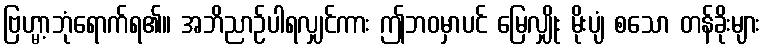
ဗြဟ္မာ့ဘုံရောက်ရ၏။ အဘိညာဉ်ပါရလျှင်ကား ဤဘဝမှာပင် မြေလျှိုး မိုးပျံ စသော တန်ခိုးများ